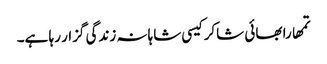
تمھارا بھائی شاکر کیسی شاہانہ زندگی گزار رہا ہے۔